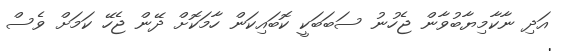
އަދި ނާކާމިޔާބުވާން ޖެހުނު ސަބަބަކީ ކޮބައިކަން ހާމަކޮށް ދޭން ޖެހޭ ކަމަށް ވެސް